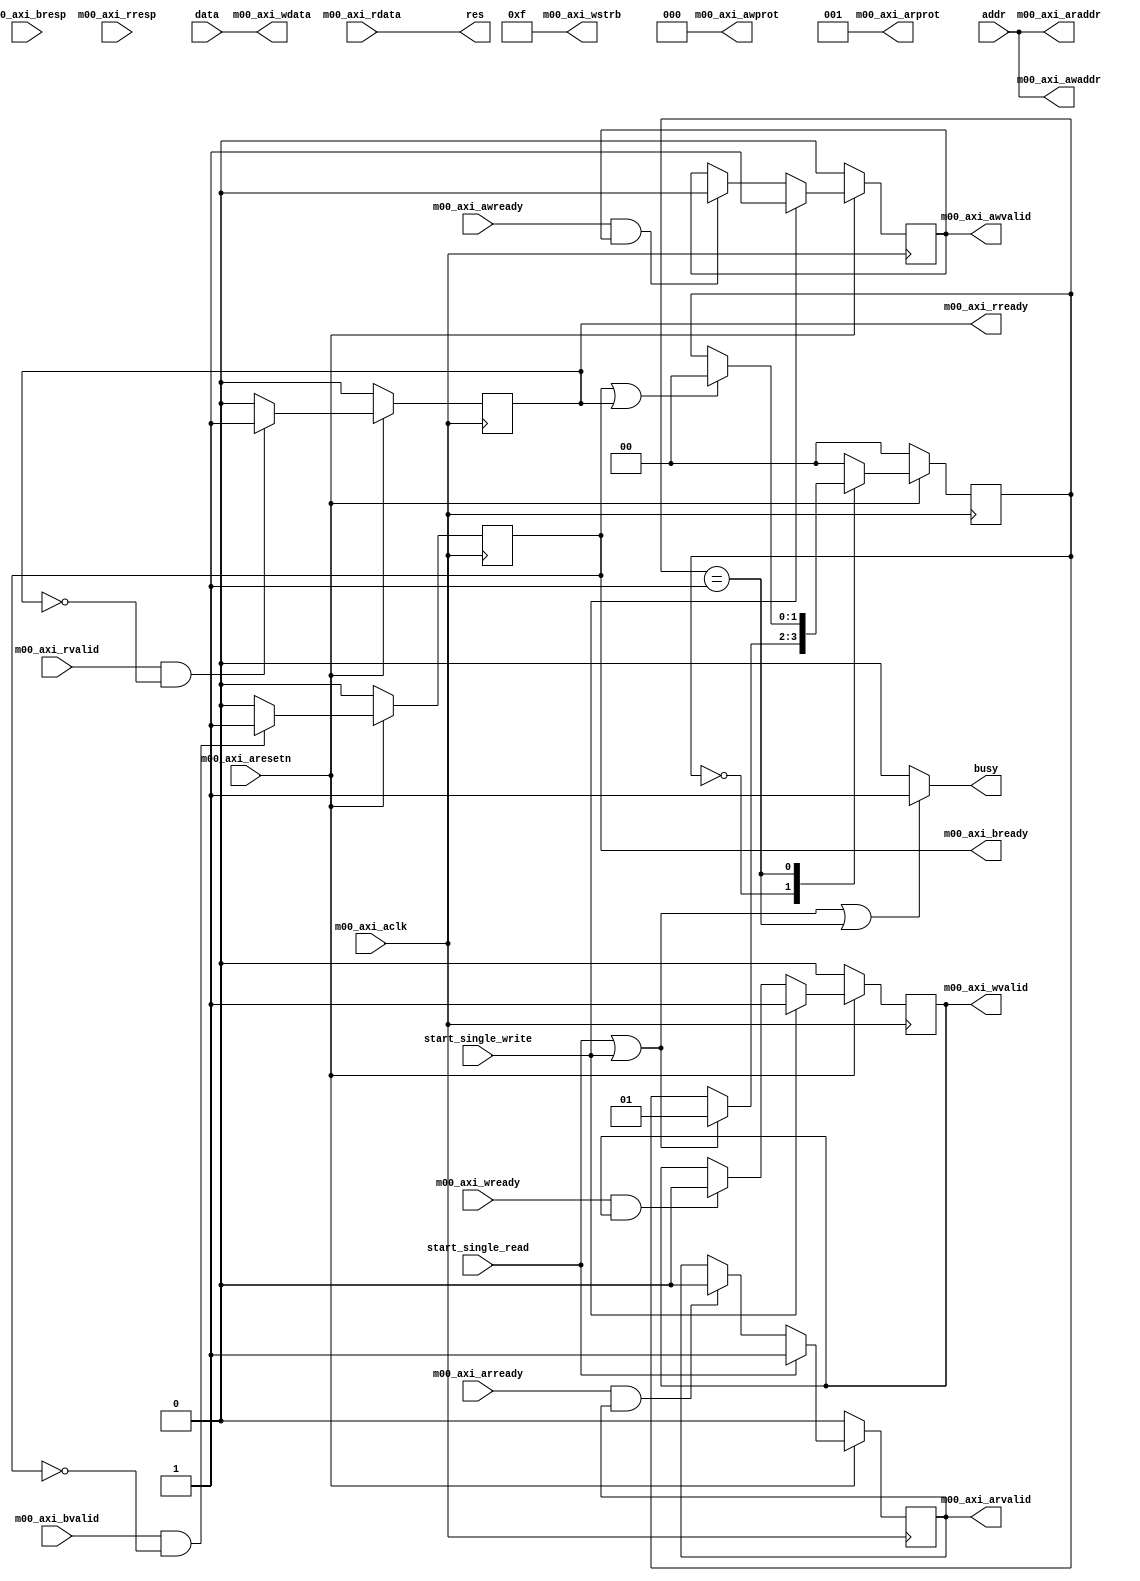
module MemAP #
(
	parameter integer C_M_AXI_ADDR_WIDTH	= 32,
	parameter integer C_M_AXI_DATA_WIDTH	= 32
)
(
  input wire [31:0] addr,
  input wire [31:0] data,
  
  input wire start_single_read,
  input wire start_single_write,
  
  output wire busy,
  output wire [31:0] res,

  input wire  m00_axi_aclk, // AXI clock signal
  input wire  m00_axi_aresetn, // AXI active low reset signal 

  input wire  m00_axi_awready, // Write address ready.
  input wire  m00_axi_wready, // Write ready. This signal indicates that the slave can accept the write data.
  input wire [1 : 0] m00_axi_bresp, // Master Interface Write Response Channel ports.
  input wire  m00_axi_bvalid, // Write response valid.
  input wire  m00_axi_arready, // Read address ready.
  input wire [C_M_AXI_DATA_WIDTH-1 : 0] m00_axi_rdata, // Master Interface Read Data Channel ports. Read data (issued by slave)
  input wire [1 : 0] m00_axi_rresp, // Read response. This signal indicates the status of the read transfer.
  input wire  m00_axi_rvalid, // Read valid. This signal indicates that the channel is signaling the required read data.

  output wire [C_M_AXI_ADDR_WIDTH-1 : 0] m00_axi_awaddr, // Master Interface Write Address Channel ports. Write address (issued by master)
  output wire [2 : 0] m00_axi_awprot, // Write channel Protection type.
  output wire  m00_axi_awvalid, // Write address valid.
  output wire [C_M_AXI_DATA_WIDTH-1 : 0] m00_axi_wdata, // Master Interface Write Data Channel ports. Write data (issued by master)
  output wire [C_M_AXI_DATA_WIDTH/8-1 : 0] m00_axi_wstrb, // Write strobes.
  output wire  m00_axi_wvalid, // Write valid. This signal indicates that valid write data and strobes are available.
  output wire  m00_axi_bready, // Response ready. This signal indicates that the master can accept a write response.
  output wire [C_M_AXI_ADDR_WIDTH-1 : 0] m00_axi_araddr, // Master Interface Read Address Channel ports. Read address (issued by master)
  output wire [2 : 0] m00_axi_arprot, // Protection type.
  output wire  m00_axi_arvalid, // Read address valid.
  output wire  m00_axi_rready // Read ready. This signal indicates that the master can accept the read data and response information.
);

  // function called clogb2 that returns an integer which has the
  // value of the ceiling of the log base 2
  function integer clogb2 (input integer bit_depth);
  begin
    for(clogb2=0; bit_depth>0; clogb2=clogb2+1)
      bit_depth = bit_depth >> 1;
  end
  endfunction
  
  parameter [1:0] IDLE = 2'b00, // This state initiates AXI4Lite transaction
                  WAIT_COMPLETION   = 2'b01; // This state initializes write transaction,

  reg [1:0] state;

  reg  	axi_awvalid; //write address valid
  reg  	axi_wvalid; //write data valid
  reg  	axi_arvalid; //read address valid
  reg  	axi_rready; //read data acceptance
  reg  	axi_bready; //write response acceptance
  reg  	read_issued; //Asserts when a single beat read transaction is issued and remains asserted till the completion of read trasaction.
  //reg  	start_single_write; //A pulse to initiate a write transaction
  //reg  	start_single_read; //A pulse to initiate a read transaction
  reg  	error_reg; //The error register is asserted when any of the write response error, read response error or the data mismatch flags are asserted.

  wire write_resp_error; //Asserts when there is a write response error
  wire read_resp_error; //Asserts when there is a read response error
  
  // I/O Connections assignments

  //Set address from input
  assign m00_axi_awaddr	= addr;
  //AXI 4 write data
  assign m00_axi_wdata	= data;
  assign m00_axi_awprot	= 3'b000;
  assign m00_axi_awvalid	= axi_awvalid;
  //Write Data(W)
  assign m00_axi_wvalid	= axi_wvalid;
  //Set all byte strobes in this example
  assign m00_axi_wstrb	= 4'b1111;
  //Write Response (B)
  assign m00_axi_bready	= axi_bready;
  //Read Address (AR)
  assign m00_axi_araddr	= addr;
  assign m00_axi_arvalid	= axi_arvalid;
  assign m00_axi_arprot	= 3'b001;
  //Read and Read Response (R)
  assign m00_axi_rready	= axi_rready;

  assign res = m00_axi_rdata; // M_AXI_RDATA

  //--------------------
  //Write Address Channel
  //--------------------
  
  // The purpose of the write address channel is to request the address and
  // command information for the entire transaction.  It is a single beat
  // of information.
  
  // Note for this example the axi_awvalid/axi_wvalid are asserted at the same
  // time, and then each is deasserted independent from each other.
  // This is a lower-performance, but simplier control scheme.
  
  // AXI VALID signals must be held active until accepted by the partner.
  
  // A data transfer is accepted by the slave when a master has
  // VALID data and the slave acknoledges it is also READY. While the master
  // is allowed to generated multiple, back-to-back requests by not
  // deasserting VALID, this design will add rest cycle for
  // simplicity.
  
  // Since only one outstanding transaction is issued by the user design,
  // there will not be a collision between a new request and an accepted
  // request on the same clock cycle.
  always @(posedge m00_axi_aclk)
  begin
    //Only VALID signals must be deasserted during reset per AXI spec
    //Consider inverting then registering active-low reset for higher fmax
    if (m00_axi_aresetn == 0)
      begin
        axi_awvalid <= 1'b0;
      end
      else
      begin
        if (start_single_write)
          begin
            axi_awvalid <= 1'b1;
          end
        else if (m00_axi_awready && axi_awvalid)
          begin
            axi_awvalid <= 1'b0;
          end
      end
  end




  //--------------------
  //Write Data Channel
  //--------------------
  
  //The write data channel is for transfering the actual data.
  //The data generation is speific to the example design, and
  //so only the WVALID/WREADY handshake is shown here
  always @(posedge m00_axi_aclk)
  begin
    if (m00_axi_aresetn == 0)
      begin
        axi_wvalid <= 1'b0;
      end
      //Signal a new address/data command is available by user logic
      else if (start_single_write)
      begin
        axi_wvalid <= 1'b1;
      end
      //Data accepted by interconnect/slave (issue of m00_axi_wready by slave)
      else if (m00_axi_wready && axi_wvalid)
      begin
        axi_wvalid <= 1'b0;
      end
  end


  //----------------------------
  //Write Response (B) Channel
  //----------------------------
  
  //The write response channel provides feedback that the write has committed
  //to memory. BREADY will occur after both the data and the write address
  //has arrived and been accepted by the slave, and can guarantee that no
  //other accesses launched afterwards will be able to be reordered before it.
  
  //The BRESP bit [1] is used indicate any errors from the interconnect or
  //slave for the entire write burst. This example will capture the error.
  
  //While not necessary per spec, it is advisable to reset READY signals in
  //case of differing reset latencies between master/slave.
  always @(posedge m00_axi_aclk)
  begin
    if (m00_axi_aresetn == 0 )
      begin
        axi_bready <= 1'b0;
      end
    // accept/acknowledge bresp with axi_bready by the master
    // when m00_axi_bvalid is asserted by slave
    else if (m00_axi_bvalid && ~axi_bready)
    begin
      axi_bready <= 1'b1;
    end
    // deassert after one clock cycle
    else if (axi_bready)
    begin
      axi_bready <= 1'b0;
    end
    // retain the previous value
    else
      axi_bready <= axi_bready;
  end

  //Flag write errors
  assign write_resp_error = (axi_bready & m00_axi_bvalid & m00_axi_bresp[1]);


  //----------------------------
  //Read Address Channel
  //----------------------------
  
  // A new axi_arvalid is asserted when there is a valid read address
  // available by the master. start_single_read triggers a new read
  // transaction
  always @(posedge m00_axi_aclk)
  begin
    if (m00_axi_aresetn == 0 )
      begin
        axi_arvalid <= 1'b0;
      end
    //Signal a new read address command is available by user logic
    else if (start_single_read)
      begin
        axi_arvalid <= 1'b1;
      end
    //RAddress accepted by interconnect/slave (issue of m00_axi_arready by slave)
    else if (m00_axi_arready && axi_arvalid)
      begin
        axi_arvalid <= 1'b0;
      end
    // retain the previous value
  end


  //--------------------------------
  //Read Data (and Response) Channel
  //--------------------------------
  
  //The Read Data channel returns the results of the read request
  //The master will accept the read data by asserting axi_rready
  //when there is a valid read data available.
  //While not necessary per spec, it is advisable to reset READY signals in
  //case of differing reset latencies between master/slave.
  always @(posedge m00_axi_aclk)
  begin
    if (m00_axi_aresetn == 0 )
      begin
        axi_rready <= 1'b0;
      end
    // accept/acknowledge rdata/rresp with axi_rready by the master
    // when m00_axi_rvalid is asserted by slave
    else if (m00_axi_rvalid && ~axi_rready)
      begin
        axi_rready <= 1'b1;
      end
    // deassert after one clock cycle
    else if (axi_rready)
      begin
        axi_rready <= 1'b0;
      end
    // retain the previous value
  end

//Flag write errors
assign read_resp_error = (axi_rready & m00_axi_rvalid & m00_axi_rresp[1]);


//--------------------------------
//User Logic
//--------------------------------

  //implement master command interface state machine
  always @ ( posedge m00_axi_aclk)
  begin
    if (m00_axi_aresetn == 1'b0)
      begin
        state     <= IDLE;
      end
    else
      begin
        case (state)
          IDLE:
            if ( start_single_read == 1'b1 || start_single_write == 1'b1)
            begin
              state  <= WAIT_COMPLETION;
            end
          WAIT_COMPLETION:
            begin
              if (axi_bready || axi_rready)
              begin
                state  <= IDLE;
              end
            end
           default :
             begin
               state  <= IDLE;
             end
        endcase
    end
  end //MASTER_EXECUTION_PROC

  assign busy = (start_single_read || start_single_write || state == WAIT_COMPLETION)? 1'b1 : 1'b0;

endmodule